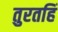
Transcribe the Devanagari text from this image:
तुरतहिं